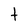
Character: t